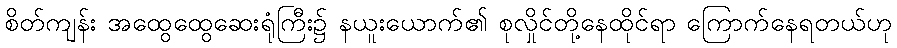
စိတ်ကျန်း အထွေထွေဆေးရုံကြီး၌ နယူးယောက်၏ စုလှိုင်တို့နေထိုင်ရာ ကြောက်နေရတယ်ဟု